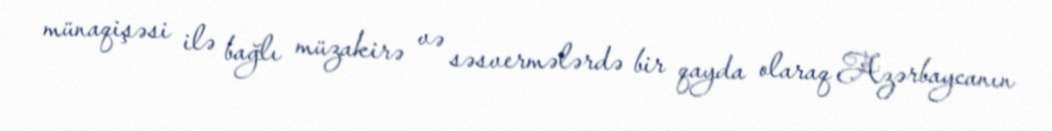
münaqişəsi ilə bağlı müzakirə və səsvermələrdə bir qayda olaraq Azərbaycanın